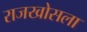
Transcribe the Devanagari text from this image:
राजखोसला